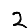
Digit: 2